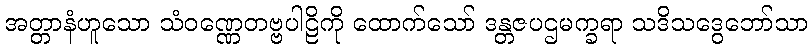
အတ္တာနံဟူသော သံဝဏ္ဏေတဗ္ဗပါဠိကို ထောက်သော် ဒန္တဇပဌမက္ခရာ သဒိသဒွေဘော်သာ